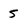
Character: 5